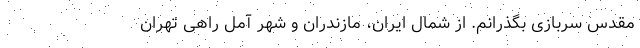
مقدس سربازی بگذرانم. از شمال ایران، مازندران و شهر آمل راهی تهران